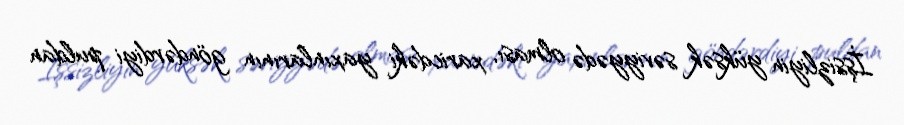
İşsizliyin yüksək səviyyədə olması, xaricdəki yaxınlarının göndərdiyi puldan